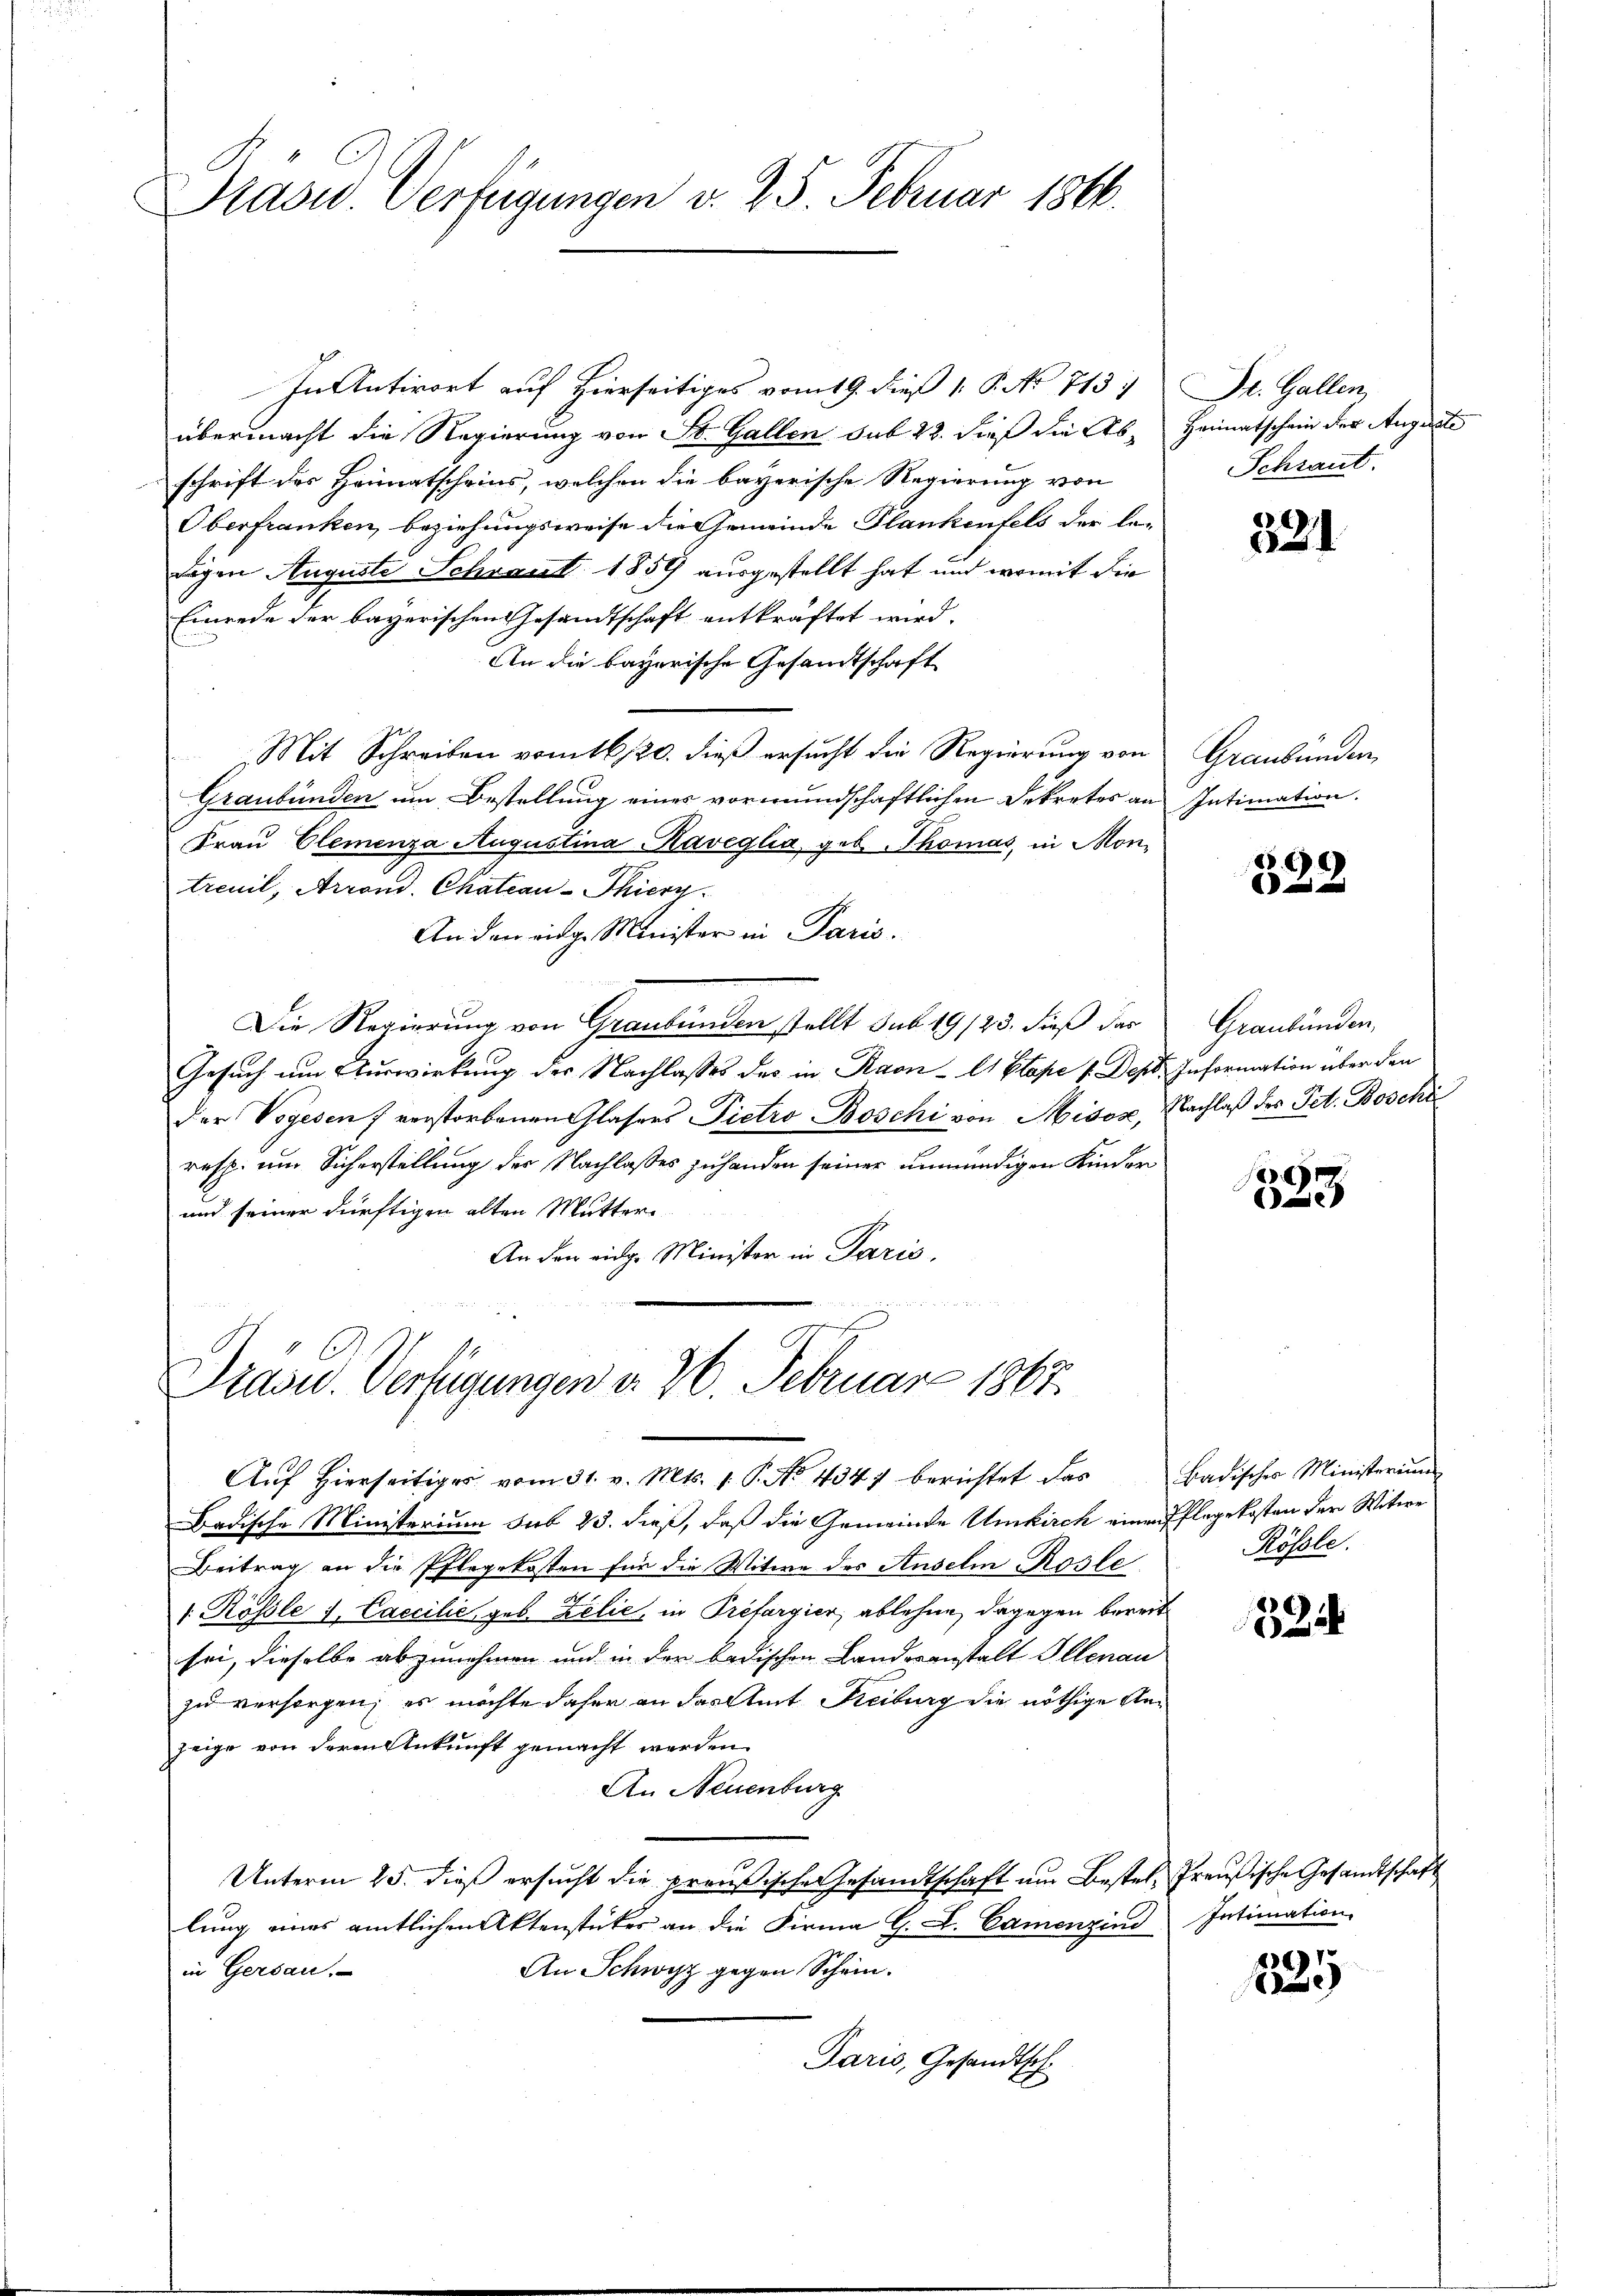
E
Prasid. Verfügungen v. 25. Februar 1866.

In Antwort auf hierseitiges vom 19. dieß 1 P. No 713.
übermacht die Regierung von St. Gallen sub 22. dieß die Ab- Heimatschein der Angerate
schrift des Heimatscheins, welchen die bayerische Regierung von
Oberfranken, beziehungsweise die Gemeinde Plankenfels der le-
digen Auguste Schraut 1859 ausgestellt hat und womit die
Einrede der bayerischen Gesandtschaft entkräftet wird.
An die bayerische Gesandtschaft
Mit Schreiben vom 16/20. dieß ersucht die Regierung von
Graubünden um Bestellung eines vormundschaftlichen Dekretes an Intimation.
Frau Clemenza Augustina Kaveglia, geb. Thomas, in Montreuil, Arrond. Chateau-Thiery
An den eidg. Minister in Paris.
Die Regierung von Graubünden stellt sub 19/23. dieß das
Gesuch um Auswirkung der Nachlasses des in Ravn-Es Etape 1. Dept. Information über den
der Vogesen) verstorbenen Glasers Pietro Boschi von Misox, Nachlaß des Pet. Boschi
resp. um Sicherstellung der Nachlasses zuhanden seiner unmündigen Kinder
und seiner dürftigen alten Mutter
An den eidge Minister in Paris.

wrede die
Präsid.. Verfügungen d. 26. Februar 1867.
Aŭf Hierseitiger vom 31. v. Mts. 1. P. No. 434 berichtet das Badisches Ministerium

Dr. Gallen,
Schraut.

Badische Ministerium sub 23. dieß, daß die Gemeinde Umkirch einen Pflegekosten der Witwe
Beitrag an die Pflegekosten für die Witwe des Anselin Rosle
1 Rössle J. Caecilie geb. Zelić, in Préfargier, ablehne, dagegen bereit
sei, dieselbe abzunehmen und in der badischen Landeranstalt Illenau
zu versorgen; es möchte daher an das Amt Freiburg die nöthige Anzeige von deren Ankunft gemacht werden.
An Neuenburg
Unterm 25. dieß ersucht die preußischer Gesamtschaft um Bestel, Preußische Gesandtschaft
lung eines amtlichen Aktenstückes an die Firma G. L. Camenzind
An Schwyz gegen Schein.
in Gersau,
Paris, Gesandtsch

321

Graubünden

332

Graubünden,

393

Rössle.

86)
2

Intimation.

3
e